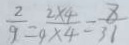
\frac { 2 } { 9 } = \frac { 2 \times 4 } { 9 \times 4 } = \frac { 8 } { 3 1 }